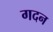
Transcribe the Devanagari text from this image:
गदन